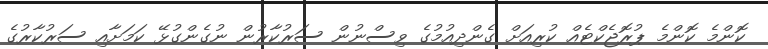
ކޮންމެ ކޮންމެ ޕުރޮޖެކްޓެއް ކުރިއަށް ގެންދިއުމުގެ ވިސްނުން ސަރުކާރުން ނުގެންގުޅޭ ކަމަށާއި ސަރުކާރުގެ